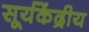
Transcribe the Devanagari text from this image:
सूर्यकेंद्रीय